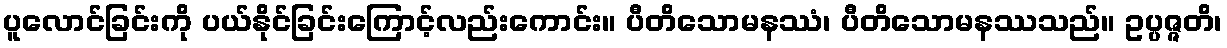
ပူလောင်ခြင်းကို ပယ်နိုင်ခြင်းကြောင့်လည်းကောင်း။ ပီတိသောမနဿံ၊ ပီတိသောမနဿသည်။ ဥပ္ပဇ္ဇတိ၊